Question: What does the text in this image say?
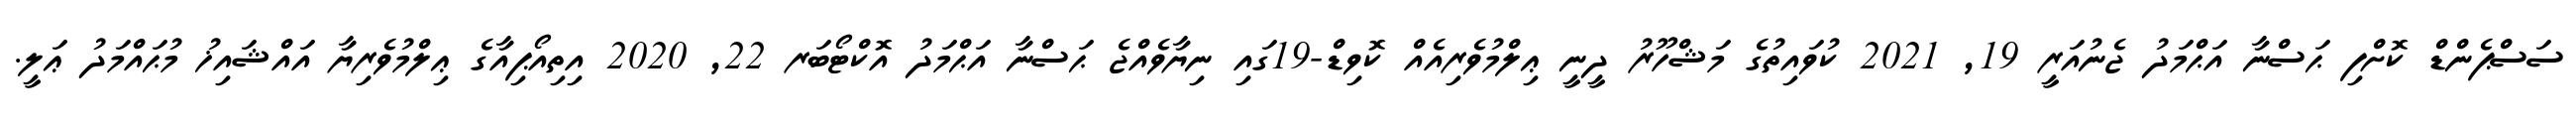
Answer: ސަސްޕެންޑް ކޮށްފި ޙަސްނާ އަޙްމަދު ޖެނުއަރީ 19, 2021 ކުވައިތުގެ މަޝްހޫރު ދީނީ ޢިލްމުވެރިއެއް ކޮވިޑް-19ގައި ނިޔާވެއްޖެ ޙަސްނާ އަޙްމަދު އޮކްޓޯބަރ 22, 2020 އިތިއޯޕިއާގެ ޢިލްމުވެރިޔާ އައްޝައިޚު މުޙައްމަދު ޢަލީ.